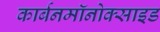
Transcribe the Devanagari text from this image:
कार्बनमॉनोक्साइड